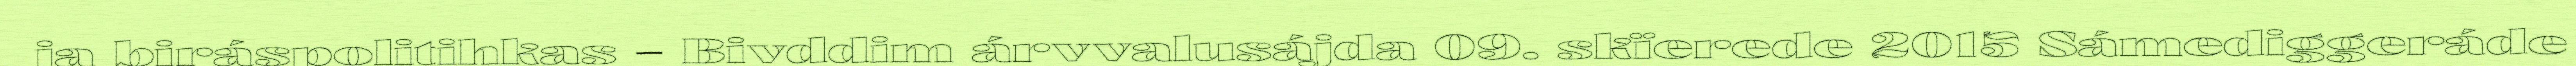
ja biráspolitihkas – Bivddim árvvalusájda 09. skïerede 2015 Sámediggeráde